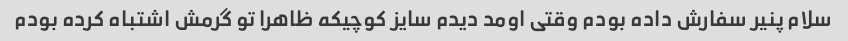
سلام پنیر سفارش داده بودم وقتی اومد دیدم سایز کوچیکه ظاهرا تو گرمش اشتباه کرده بودم